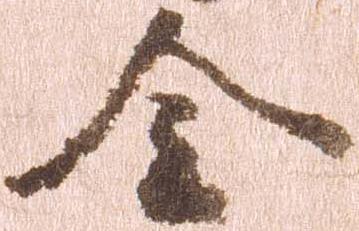
令